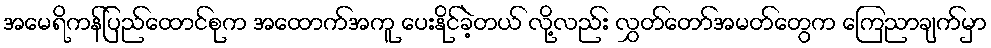
အမေရိကန်ပြည်ထောင်စုက အထောက်အကူ ပေးနိုင်ခဲ့တယ် လို့လည်း လွှတ်တော်အမတ်တွေက ကြေညာချက်မှာ